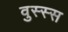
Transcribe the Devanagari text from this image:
वुस्स्स